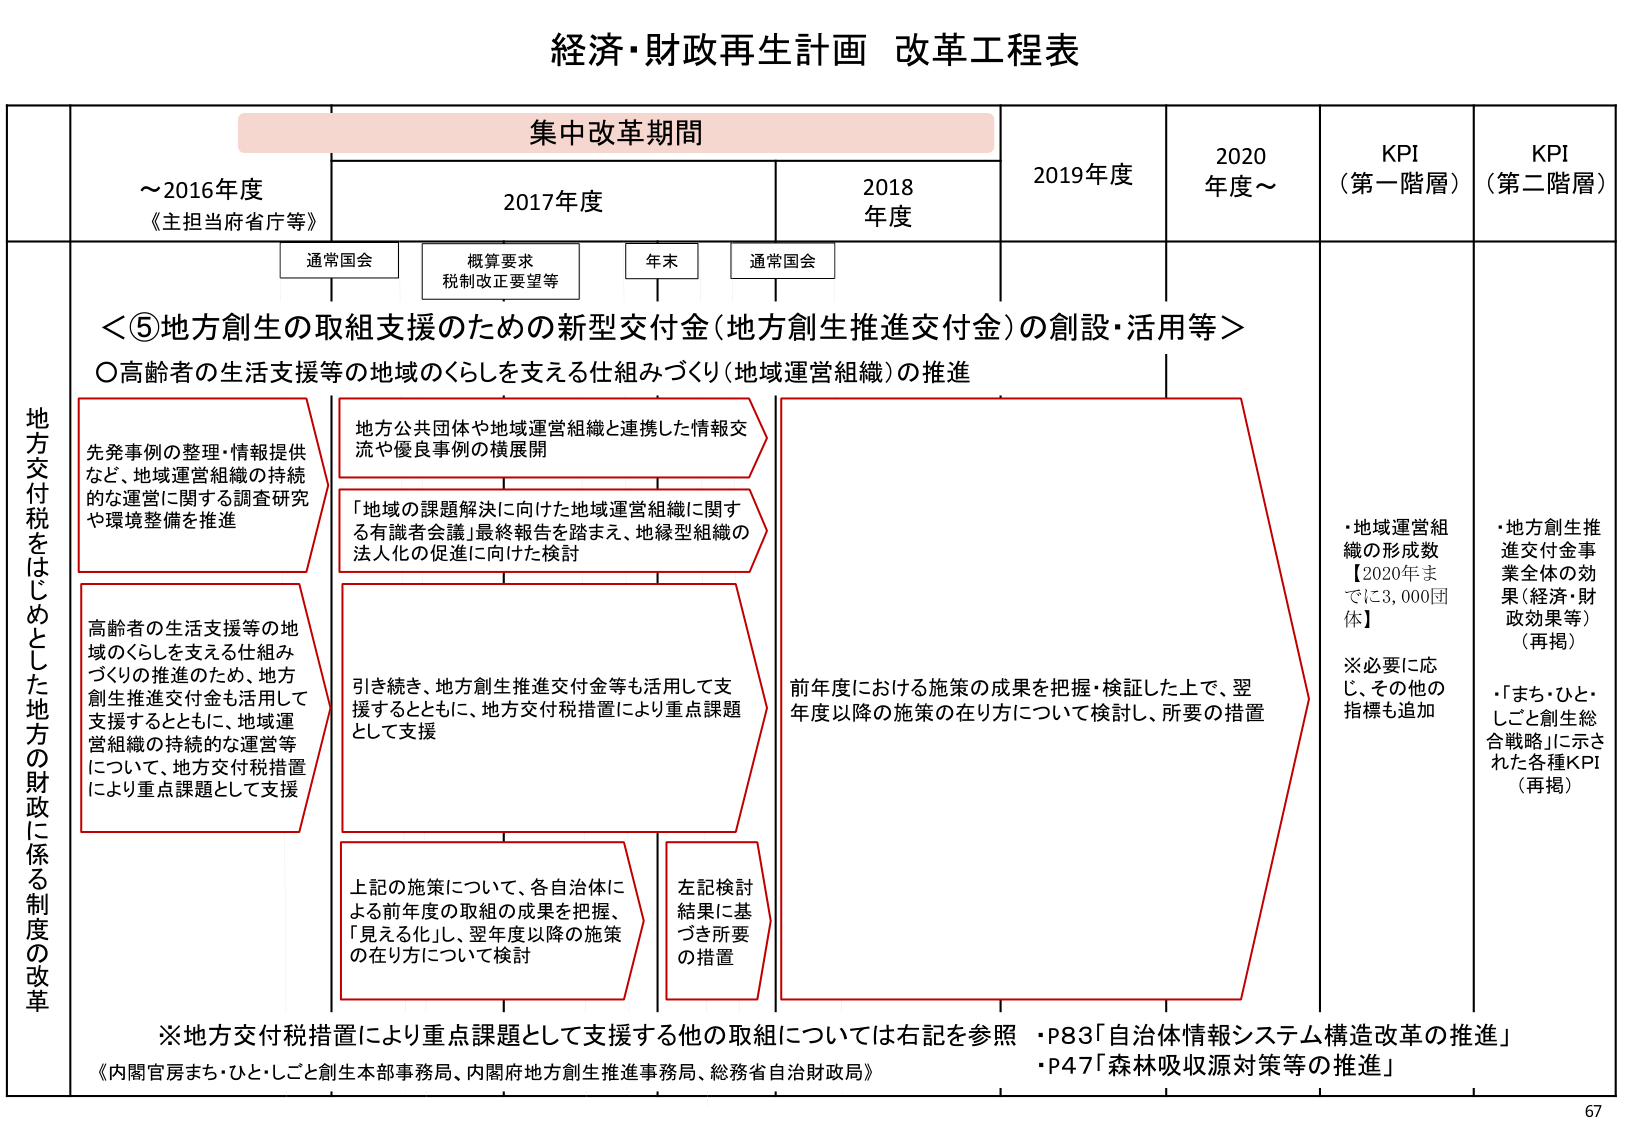
経済・財政再生計画 改革工程表

集中改革期間

～2016年度
《主担当府省庁等》

2017年度
通常国会
概算要求
税制改正要望等
年末
通常国会

2018年度

2019年度

2020年度～

KPI（第一階層）

KPI（第二階層）

地方交付税をはじめとした地方の財政に係る制度の改革

＜⑤地方創生の取組支援のための新型交付金（地方創生推進交付金）の創設・活用等＞

〇高齢者の生活支援等の地域のくらしを支える仕組みづくり（地域運営組織）の推進

先発事例の整理・情報提供など、地域運営組織の持続的な運営に関する調査研究や環境整備を推進

地方公共団体や地域運営組織と連携した情報交流や優良事例の横展開

「地域の課題解決に向けた地域運営組織に関する有識者会議」最終報告を踏まえ、地縁型組織の法人化の促進に向けた検討

高齢者の生活支援等の地域のくらしを支える仕組みづくりの推進のため、地方創生推進交付金も活用して支援するとともに、地域運営組織の持続的な運営等について、地方交付税措置により重点課題として支援

引き続き、地方創生推進交付金等も活用して支援するとともに、地方交付税措置により重点課題として支援

上記の施策について、各自治体による前年度の取組の成果を把握、「見える化」し、翌年度以降の施策の在り方について検討

左記検討結果に基づき所要の措置

前年度における施策の成果を把握・検証した上で、翌年度以降の施策の在り方について検討し、所要の措置

・地域運営組織の形成数
【2020年までに3,000団体】
※必要に応じ、その他の指標も追加

・地方創生推進交付金事業全体の効果（経済・財政効果等）（再掲）
・「まち・ひと・しごと創生総合戦略」に示された各種KPI（再掲）

※地方交付税措置により重点課題として支援する他の取組については右記を参照
《内閣官房まち・ひと・しごと創生本部事務局、内閣府地方創生推進事務局、総務省自治財政局》

・P83「自治体情報システム構造改革の推進」
・P47「森林吸収源対策等の推進」

67